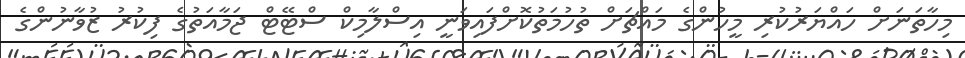
މިހާތަނަށް ހައްޔަރުކުރި މީހުންގެ މައްޗަށް ތުހުމަތުކޮށްފައިވަނީ އިސްލާމިކް ސްޓޭޓް ޖަމާއަތުގެ ފިކުރު ޒުވާނުންގެ